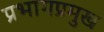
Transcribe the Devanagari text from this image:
प्रभागप्रमुख